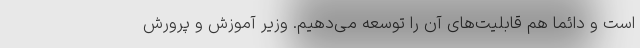
است و دائما هم قابلیت‌های آن را توسعه می‌دهیم. وزیر آموزش و پرورش